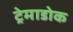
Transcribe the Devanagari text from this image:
ट्रेमाडोक